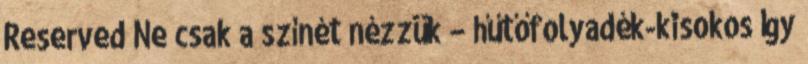
Reserved Ne csak a színét nézzük – hűtőfolyadék-kisokos Így